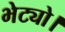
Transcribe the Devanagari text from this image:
भेट्यो।